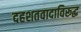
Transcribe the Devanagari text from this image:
दहशतवादाविरूद्ध